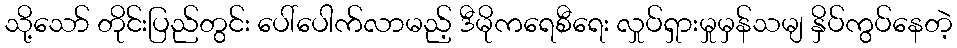
သို့သော် တိုင်းပြည်တွင်း ပေါ်ပေါက်လာမည့် ဒီမိုကရေစီရေး လှုပ်ရှားမှုမှန်သမျ နှိပ်ကွပ်နေတဲ့